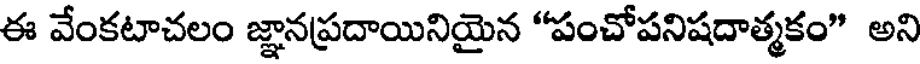
ఈ వేంకటాచలం జ్ఞానప్రదాయినియైన "పంచోపనిషదాత్మకం" అని